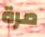
مرة